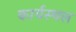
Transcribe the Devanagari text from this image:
कार्यस्‍थल